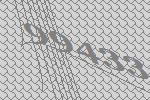
99433